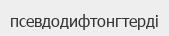
псевдодифтонгтерді